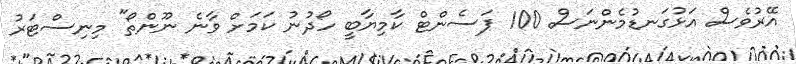
އޭރުވެސް އަޅުގަނޑުމެންނަސް 100 ޕަސެންޓް ކާމިޔާބީ ހޯދުނު ކަމަށް ވާނެ ނޫންތޯ" މިނިސްޓަރު